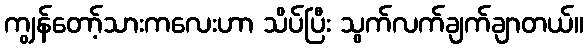
ကျွန်တော့်သားကလေးဟာ သိပ်ပြီး သွက်လက်ချက်ချာတယ်။